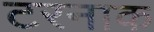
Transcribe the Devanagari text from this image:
टरनाक